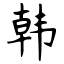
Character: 韩